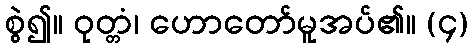
စွဲ၍။ ဝုတ္တံ၊ ဟောတော်မူအပ်၏။ (၄)